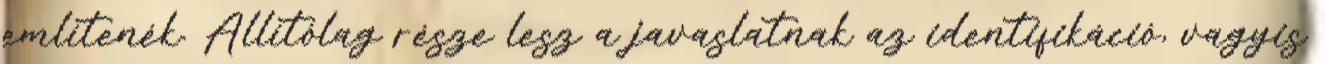
említenék. Állítólag része lesz a javaslatnak az identifikáció, vagyis